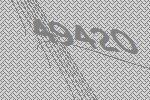
49420